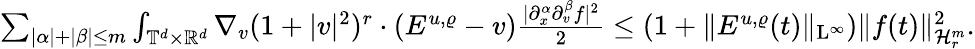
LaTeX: \begin{array}{r}{\sum_{\vert\alpha\vert+\vert\beta\vert\leq m}\int_{\mathbb T^{d}\times\mathbb R^{d}}\nabla_{v}(1+\vert v\vert^{2})^{r}\cdot(E^{u,\varrho}-v)\frac{\vert\partial_{x}^{\alpha}\partial_{v}^{\beta}f\vert^{2}}{2}\leq(1+\Vert E^{u,\varrho}(t)\Vert_{\mathrm{L}^{\infty}})\Vert f(t)\Vert_{\mathcal{H}_{r}^{m}}^{2}.}\end{array}